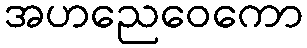
အဟညေဝေကော